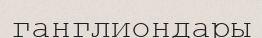
ганглиондары